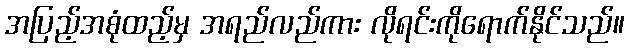
အပြည့်အစုံထည့်မှ အရည်လည်ကား လိုရင်းကိုရောက်နိုင်သည်။